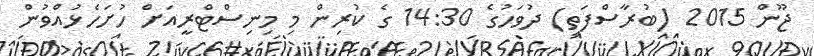
ޖޫން 2015 (ބުރާސްފަތި) ދުވަހުގެ 14:30 ގެ ކުރިން މި މިނިސްޓްރީއަށް ހުށަހެޅުއްވުން